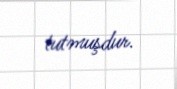
tutmuşdur.